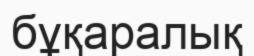
бұқаралық